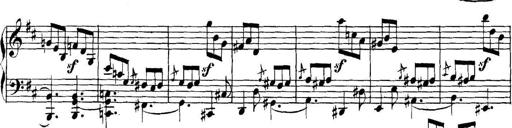
Title: Collected Piano Sonatas
Composer: Muzio Clementi